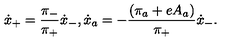
\dot { x } _ { + } = \frac { \pi _ { - } } { \pi _ { + } } \dot { x } _ { - } , \dot { x } _ { a } = - \frac { ( \pi _ { a } + e A _ { a } ) } { \pi _ { + } } \dot { x } _ { - } .